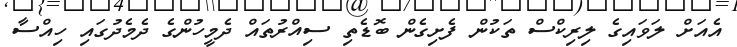
އެއަށް ލަވައިިގެ ލިރިކްސް ތަކުން ފެށިގެން ބޮޑެތި ސިއްރުތައް ދެމީހުންގެ ދެމެދުގައި ހިއްސާ